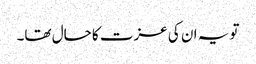
تو یہ ان کی عزت کا حال تھا۔